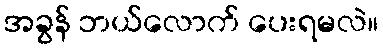
အခွန် ဘယ်လောက် ပေးရမလဲ။